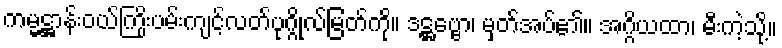
ကမ္မဋ္ဌာန်းဝယ်ကြိုးပမ်းကျင့်လတ်ပုဂ္ဂိုလ်မြတ်ကို။ ဒဋ္ဌဗ္ဗော၊ မှတ်အပ်၏။ အဂ္ဂိယထာ၊ မီးကဲ့သို့။